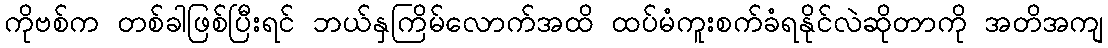
ကိုဗစ်က တစ်ခါဖြစ်ပြီးရင် ဘယ်နှကြိမ်လောက်အထိ ထပ်မံကူးစက်ခံရနိုင်လဲဆိုတာကို အတိအကျ